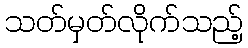
သတ်မှတ်လိုက်သည့်